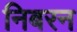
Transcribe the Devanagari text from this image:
निबरन